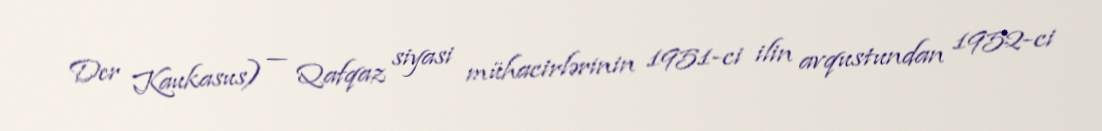
Der Kaukasus) — Qafqaz siyasi mühacirlərinin 1951-ci ilin avqustundan 1952-ci